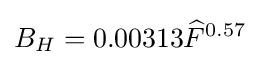
B_{H}=0.00313{\widehat {F}}^{0.57}